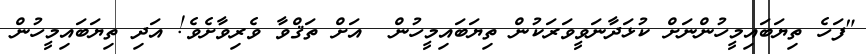
"ފަހެ ތިޔަބައިމީހުންނަށް ކުޅަދާނަވީވަރަކުން ތިޔަބައިމީހުން  އަށް ތަޤްވާ ވެރިވާށެވެ! އަދި ތިޔަބައިމީހުން